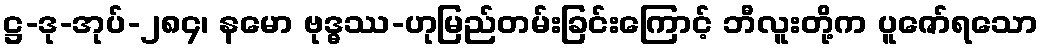
ဋ္ဌ-ဒု-အုပ်-၂၈၄၊ နမော ဗုဒ္ဓဿ-ဟုမြည်တမ်းခြင်းကြောင့် ဘီလူးတို့က ပူဇော်ရသော